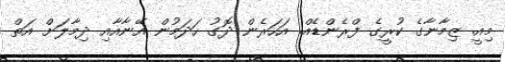
މިއީ. ޒިމާނާގެ ކުރީގެ ފްރެންޑެއް. އަހަރެން ދޮގު ހަދަމުން އޭނާއާއި ދިމާލަށް އަތް